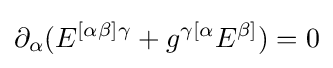
\partial _{\alpha }(E^{[\alpha \beta ]\gamma }+g^{\gamma [\alpha }E^{\beta ]})=0